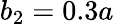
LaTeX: b_{2}=0.3a